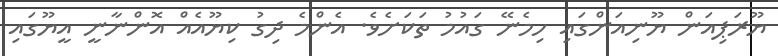
ޔޫރަޕިއަން ޔޫނިއަންގައި ހިމެނޭ ގައުމު ތަކަށެވެ. އެންމެ ދިގު ކިޔޫއެއް އޮންނާނީ އީޔޫގައި